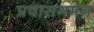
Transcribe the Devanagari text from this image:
प्रवासगमन